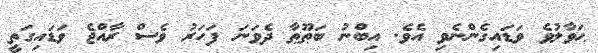
ޙަވާލުވެ ވަޑައިގެންނެވި އެވެ. އިބްނު ބަޠޫޠާ ދެވަނަ ފަހަރު ވެސް ރާއްޖެ ވަޑައިގަތީ